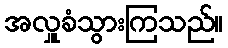
အလှူခံသွားကြသည်။